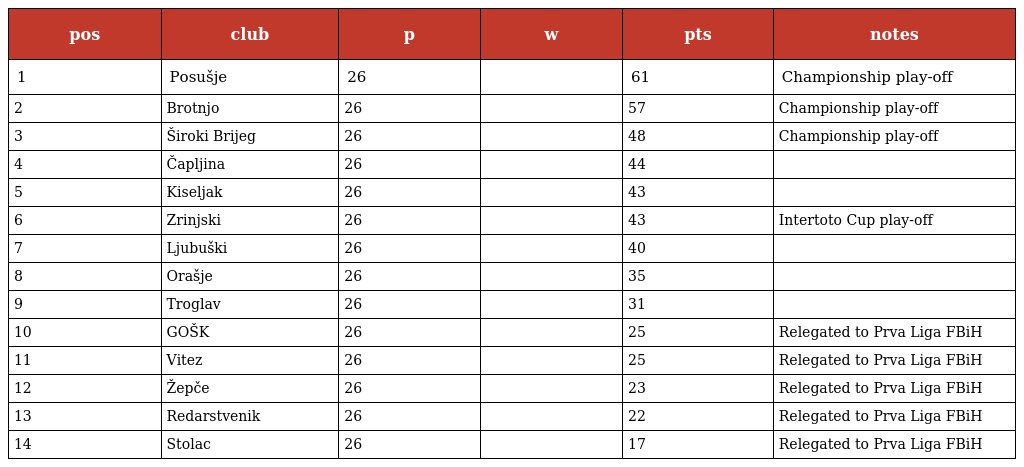
| pos | club | p | w | pts | notes |
 | --- | --- | --- | --- | --- | --- |
 | 1 | Posušje | 26 |  | 61 | Championship play-off |
 | 2 | Brotnjo | 26 |  | 57 | Championship play-off |
 | 3 | Široki Brijeg | 26 |  | 48 | Championship play-off |
 | 4 | Čapljina | 26 |  | 44 |  |
 | 5 | Kiseljak | 26 |  | 43 |  |
 | 6 | Zrinjski | 26 |  | 43 | Intertoto Cup play-off |
 | 7 | Ljubuški | 26 |  | 40 |  |
 | 8 | Orašje | 26 |  | 35 |  |
 | 9 | Troglav | 26 |  | 31 |  |
 | 10 | GOŠK | 26 |  | 25 | Relegated to Prva Liga FBiH |
 | 11 | Vitez | 26 |  | 25 | Relegated to Prva Liga FBiH |
 | 12 | Žepče | 26 |  | 23 | Relegated to Prva Liga FBiH |
 | 13 | Redarstvenik | 26 |  | 22 | Relegated to Prva Liga FBiH |
 | 14 | Stolac | 26 |  | 17 | Relegated to Prva Liga FBiH |